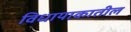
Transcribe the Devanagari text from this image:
विधायाकातील